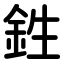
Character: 鉎